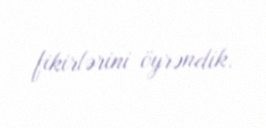
fikirlərini öyrəndik.